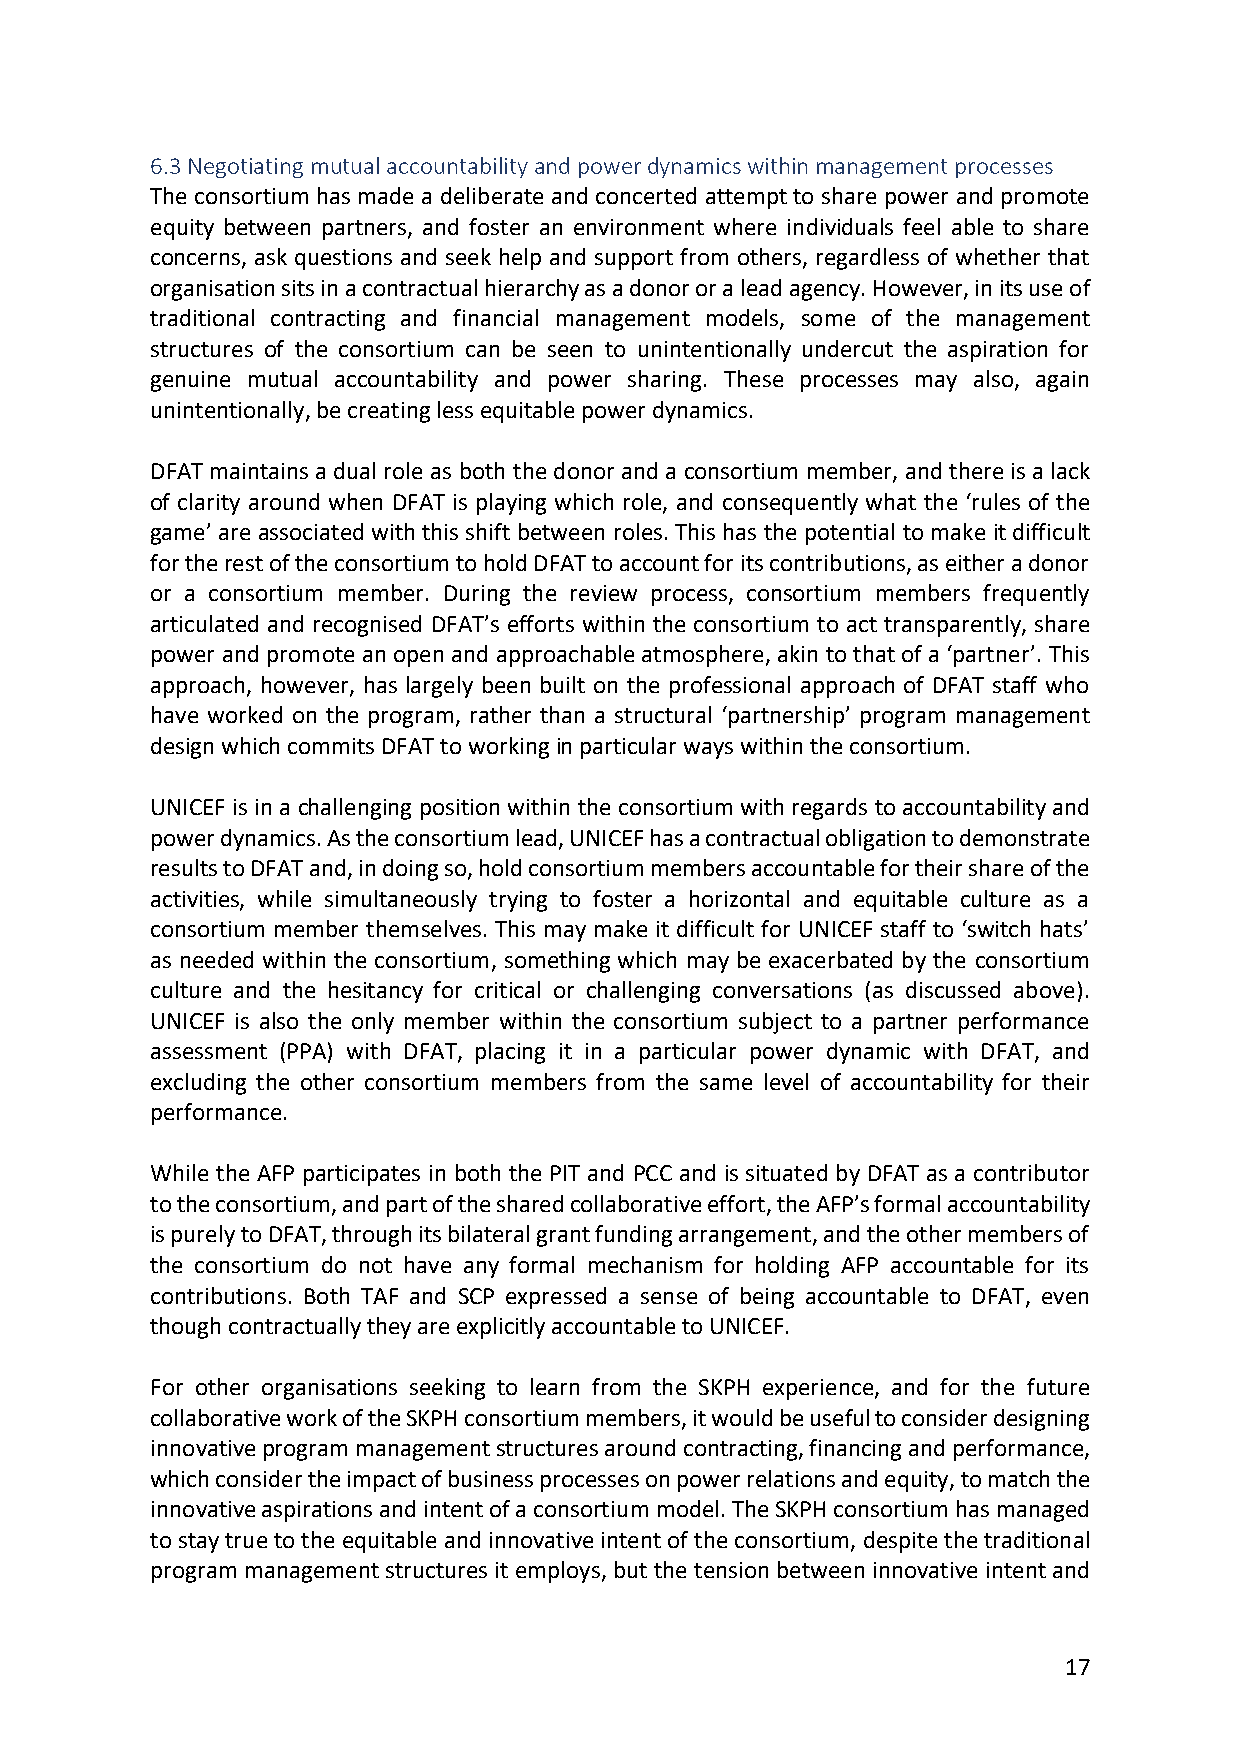
6.3 Negotiating mutual accountability and power dynamics within management processes
 The consortium has made a deliberate and concerted attempt to share power and promote
 equity between partners, and foster an environment where individuals feel able to share
 concerns, ask questions and seek help and support from others, regardless of whether that
 organisation sits in a contractual hierarchy as a donor or a lead agency. However, in its use of
 traditional contracting and financial management models, some of the management
 structures of the consortium can be seen to unintentionally undercut the aspiration for
 genuine mutual accountability and power sharing. These processes may also, again
 unintentionally, be creating less equitable power dynamics.
 DFAT maintains a dual role as both the donor and a consortium member, and there is a lack
 of clarity around when DFAT is playing which role, and consequently what the ‘rules of the
 game’ are associated with this shift between roles. This has the potential to make it difficult
 for the rest of the consortium to hold DFAT to account for its contributions, as either a donor
 or a consortium member. During the review process, consortium members frequently
 articulated and recognised DFAT’s efforts within the consortium to act transparently, share
 power and promote an open and approachable atmosphere, akin to that of a ‘partner’. This
 approach, however, has largely been built on the professional approach of DFAT staff who
 have worked on the program, rather than a structural ‘partnership’ program management
 design which commits DFAT to working in particular ways within the consortium.
 UNICEF is in a challenging position within the consortium with regards to accountability and
 power dynamics. As the consortium lead, UNICEF has a contractual obligation to demonstrate
 results to DFAT and, in doing so, hold consortium members accountable for their share of the
 activities, while simultaneously trying to foster a horizontal and equitable culture as a
 consortium member themselves. This may make it difficult for UNICEF staff to ‘switch hats’
 as needed within the consortium, something which may be exacerbated by the consortium
 culture and the hesitancy for critical or challenging conversations (as discussed above).
 UNICEF is also the only member within the consortium subject to a partner performance
 assessment (PPA) with DFAT, placing it in a particular power dynamic with DFAT, and
 excluding the other consortium members from the same level of accountability for their
 performance.
 While the AFP participates in both the PIT and PCC and is situated by DFAT as a contributor
 to the consortium, and part of the shared collaborative effort, the AFP’s formal accountability
 is purely to DFAT, through its bilateral grant funding arrangement, and the other members of
 the consortium do not have any formal mechanism for holding AFP accountable for its
 contributions. Both TAF and SCP expressed a sense of being accountable to DFAT, even
 though contractually they are explicitly accountable to UNICEF.
 For other organisations seeking to learn from the SKPH experience, and for the future
 collaborative work of the SKPH consortium members, it would be useful to consider designing
 innovative program management structures around contracting, financing and performance,
 which consider the impact of business processes on power relations and equity, to match the
 innovative aspirations and intent of a consortium model. The SKPH consortium has managed
 to stay true to the equitable and innovative intent of the consortium, despite the traditional
 program management structures it employs, but the tension between innovative intent and
 17